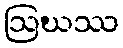
ဩဃဿ